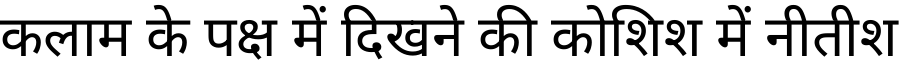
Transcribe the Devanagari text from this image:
कलाम के पक्ष में दिखने की कोशिश में नीतीश